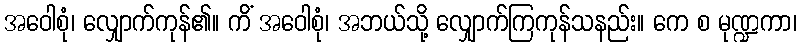
အဝေါစုံ၊ လျှောက်ကုန်၏။ ကိံ အဝေါစုံ၊ အဘယ်သို့ လျှောက်ကြကုန်သနည်း။ ကေ စ မုဏ္ဍကာ၊